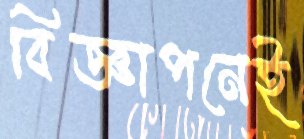
বিজ্ঞাপনেই